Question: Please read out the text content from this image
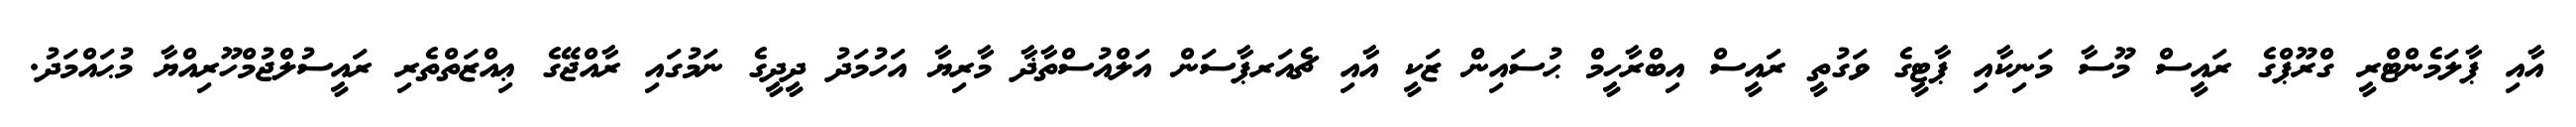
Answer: އާއި ޕާލަމެންޓްރީ ގްރޫޕްގެ ރައީސް މޫސާ މަނިކާއި ޕާޓީގެ ވަގުތީ ރައީސް އިބްރާހީމް ޙުސައިން ޒަކީ އާއި ޗެއަރޕާސަން އަލްއުސްތާޛާ މާރިޔާ އަހުމަދު ދީދީގެ ނަމުގައި ރާއްޖޭގެ ޢިއްޒަތްތެރި ރައީސުލްޖުމްހޫރިއްޔާ މުޙައްމަދު.